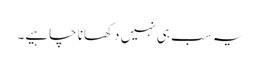
یہ سب ہی نہیں دکھانا چاہیے۔